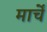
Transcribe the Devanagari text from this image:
मार्चें